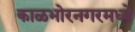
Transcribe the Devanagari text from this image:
काळभोरनगरमध्ये